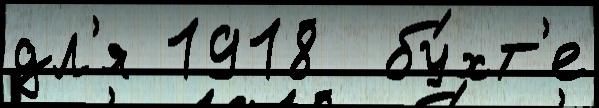
дл'я 1918  бу́хт'е